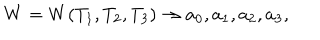
W = W ( T _ { 1 } , T _ { 2 } , T _ { 3 } ) \rightarrow a _ { 0 } , a _ { 1 } , a _ { 2 } , a _ { 3 } ,